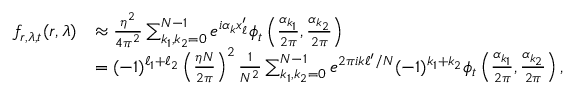
\begin{array} { r l } { f _ { r , \lambda , t } ( r , \lambda ) } & { \approx \frac { \eta ^ { 2 } } { 4 \pi ^ { 2 } } \sum _ { k _ { 1 } , k _ { 2 } = 0 } ^ { N - 1 } e ^ { i \alpha _ { k } x _ { \ell } ^ { \prime } } \phi _ { t } \left( \frac { \alpha _ { k _ { 1 } } } { 2 \pi } , \frac { \alpha _ { k _ { 2 } } } { 2 \pi } \right) } \\ & { = ( - 1 ) ^ { \ell _ { 1 } + \ell _ { 2 } } \left( \frac { \eta N } { 2 \pi } \right) ^ { 2 } \frac { 1 } { N ^ { 2 } } \sum _ { k _ { 1 } , k _ { 2 } = 0 } ^ { N - 1 } e ^ { 2 \pi i k \ell ^ { \prime } / N } ( - 1 ) ^ { k _ { 1 } + k _ { 2 } } \phi _ { t } \left( \frac { \alpha _ { k _ { 1 } } } { 2 \pi } , \frac { \alpha _ { k _ { 2 } } } { 2 \pi } \right) , } \end{array}